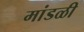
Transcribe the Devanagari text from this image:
मांडळी